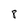
Character: 8